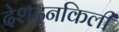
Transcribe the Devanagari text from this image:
देशदनकिली